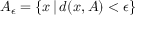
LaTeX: A _ { \epsilon } = \left\{ x \, | \, d ( x , A ) < \epsilon \right\}